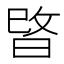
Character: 𭦖